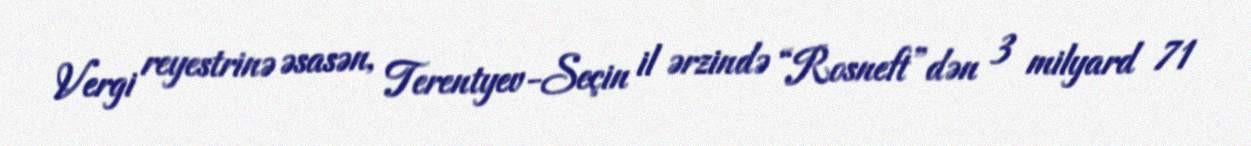
Vergi reyestrinə əsasən, Terentyev-Seçin il ərzində “Rosneft”dən 3 milyard 71